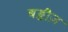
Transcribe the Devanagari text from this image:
बड्डीज़